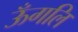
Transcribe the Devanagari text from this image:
ऊँगलि